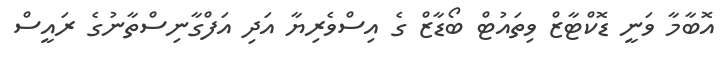
އޮބާމާ ވަނީ ޑޮކްޓާޒް ވިތައުޓް ބޯޑާޒް ގެ އިސްވެރިޔާ އަދި އަފްގާނިސްތާނުގެ ރައީސް